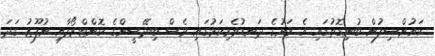
ކައުންސިލުން ބުނިގޮތުގައި އެ ރަށުގެ ދަނޑުވެރިކަމުގައި ވެސް ބިދޭސީންގެ ކޮންޓްރޯލާއި ނުފޫޒު ގަދަ